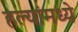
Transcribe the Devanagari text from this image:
हल्यांमध्ये